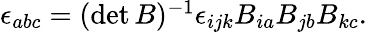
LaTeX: \begin{array}{r}{\epsilon_{abc}=(\operatorname*{det}B)^{-1}\epsilon_{ijk}B_{ia}B_{jb}B_{kc}.}\end{array}